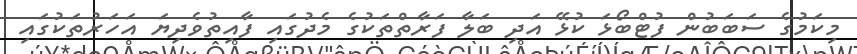
މިކަމުގެ ސަބަބުން ފުޓްބޯޅަ ކުޅޭ އަދި ބަލާ ފަރާތްތަކުގެ މެދުގައި ފާއިތުވެދިޔަ އަހަރުތަކުގައި